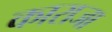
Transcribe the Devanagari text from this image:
काराजा